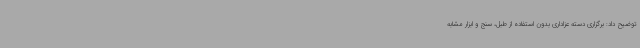
توضیح داد: برگزاری دسته عزاداری بدون استفاده از طبل، سنج و ابزار مشابه